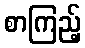
စာကြည့်